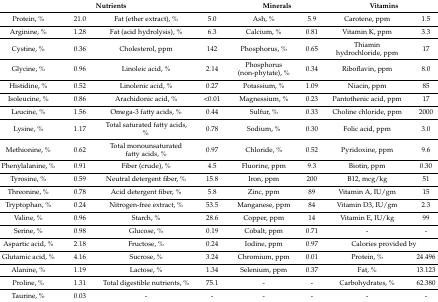
<table><thead><tr><td colspan="4"><b>Nutrients</b></td><td colspan="2"><b>Minerals</b></td><td colspan="2"><b>Vitamins</b></td></tr></thead><tbody><tr><td>Protein, %</td><td>21.0</td><td>Fat (ether extract), %</td><td>5.0</td><td>Ash, %</td><td>5.9</td><td>Carotene, ppm</td><td>1.5</td></tr><tr><td>Arginine, %</td><td>1.28</td><td>Fat (acid hydrolysis), %</td><td>6.3</td><td>Calcium, %</td><td>0.81</td><td>Vitamin K, ppm</td><td>3.3</td></tr><tr><td>Cystine, %</td><td>0.36</td><td>Cholesterol, ppm</td><td>142</td><td>Phosphorus, %</td><td>0.65</td><td>Thiamin hydrochloride, ppm</td><td>17</td></tr><tr><td>Glycine, %</td><td>0.96</td><td>Linoleic acid, %</td><td>2.14</td><td>Phosphorus (non-phytate), %</td><td>0.34</td><td>Riboflavin, ppm</td><td>8.0</td></tr><tr><td>Histidine, %</td><td>0.52</td><td>Linolenic acid, %</td><td>0.27</td><td>Potassium, %</td><td>1.09</td><td>Niacin, ppm</td><td>85</td></tr><tr><td>Isoleucine, %</td><td>0.86</td><td>Arachidonic acid, %</td><td>&lt;0.01</td><td>Magnessium, %</td><td>0.23</td><td>Pantothenic acid, ppm</td><td>17</td></tr><tr><td>Leucine, %</td><td>1.56</td><td>Omega-3 fatty acids, %</td><td>0.44</td><td>Sulfur, %</td><td>0.33</td><td>Choline chloride, ppm</td><td>2000</td></tr><tr><td>Lysine, %</td><td>1.17</td><td>Total saturated fatty acids, %</td><td>0.78</td><td>Sodium, %</td><td>0.30</td><td>Folic acid, ppm</td><td>3.0</td></tr><tr><td>Methionine, %</td><td>0.62</td><td>Total monounsaturated fatty acids, %</td><td>0.97</td><td>Chloride, %</td><td>0.52</td><td>Pyridoxine, ppm</td><td>9.6</td></tr><tr><td>Phenylalanine, %</td><td>0.91</td><td>Fiber (crude), %</td><td>4.5</td><td>Fluorine, ppm</td><td>9.3</td><td>Biotin, ppm</td><td>0.30</td></tr><tr><td>Tyrosine, %</td><td>0.59</td><td>Neutral detergent fiber, %</td><td>15.8</td><td>Iron, ppm</td><td>200</td><td>B12, mcg/kg</td><td>51</td></tr><tr><td>Threonine, %</td><td>0.78</td><td>Acid detergent fiber, %</td><td>5.8</td><td>Zinc, ppm</td><td>89</td><td>Vitamin A, IU/gm</td><td>15</td></tr><tr><td>Tryptophan, %</td><td>0.24</td><td>Nitrogen-free extract, %</td><td>53.5</td><td>Manganese, ppm</td><td>84</td><td>Vitamin D3, IU/gm</td><td>2.3</td></tr><tr><td>Valine, %</td><td>0.96</td><td>Starch, %</td><td>28.6</td><td>Copper, ppm</td><td>14</td><td>Vitamin E, IU/kg</td><td>99</td></tr><tr><td>Serine, %</td><td>0.98</td><td>Glucose, %</td><td>0.19</td><td>Cobalt, ppm</td><td>0.71</td><td>-</td><td>-</td></tr><tr><td>Aspartic acid, %</td><td>2.18</td><td>Fructose, %</td><td>0.24</td><td>Iodine, ppm</td><td>0.97</td><td colspan="2">Calories provided by</td></tr><tr><td>Glutamic acid, %</td><td>4.16</td><td>Sucrose, %</td><td>3.24</td><td>Chromium, ppm</td><td>0.01</td><td>Protein, %</td><td>24.496</td></tr><tr><td>Alanine, %</td><td>1.19</td><td>Lactose, %</td><td>1.34</td><td>Selenium, ppm</td><td>0.37</td><td>Fat, %</td><td>13.123</td></tr><tr><td>Proline, %</td><td>1.31</td><td>Total digestible nutrients, %</td><td>75.1</td><td>-</td><td>-</td><td>Carbohydrates, %</td><td>62.380</td></tr><tr><td>Taurine, %</td><td>0.03</td><td>-</td><td>-</td><td>-</td><td>-</td><td>-</td><td>-</td></tr></tbody></table>